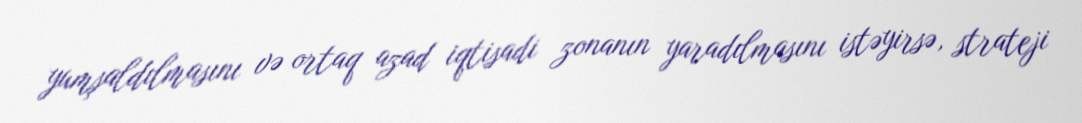
yumşaldılmasını və ortaq azad iqtisadi zonanın yaradılmasını istəyirsə, strateji